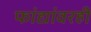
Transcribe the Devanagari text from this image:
फांद्यांवरही